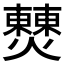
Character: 𤒖